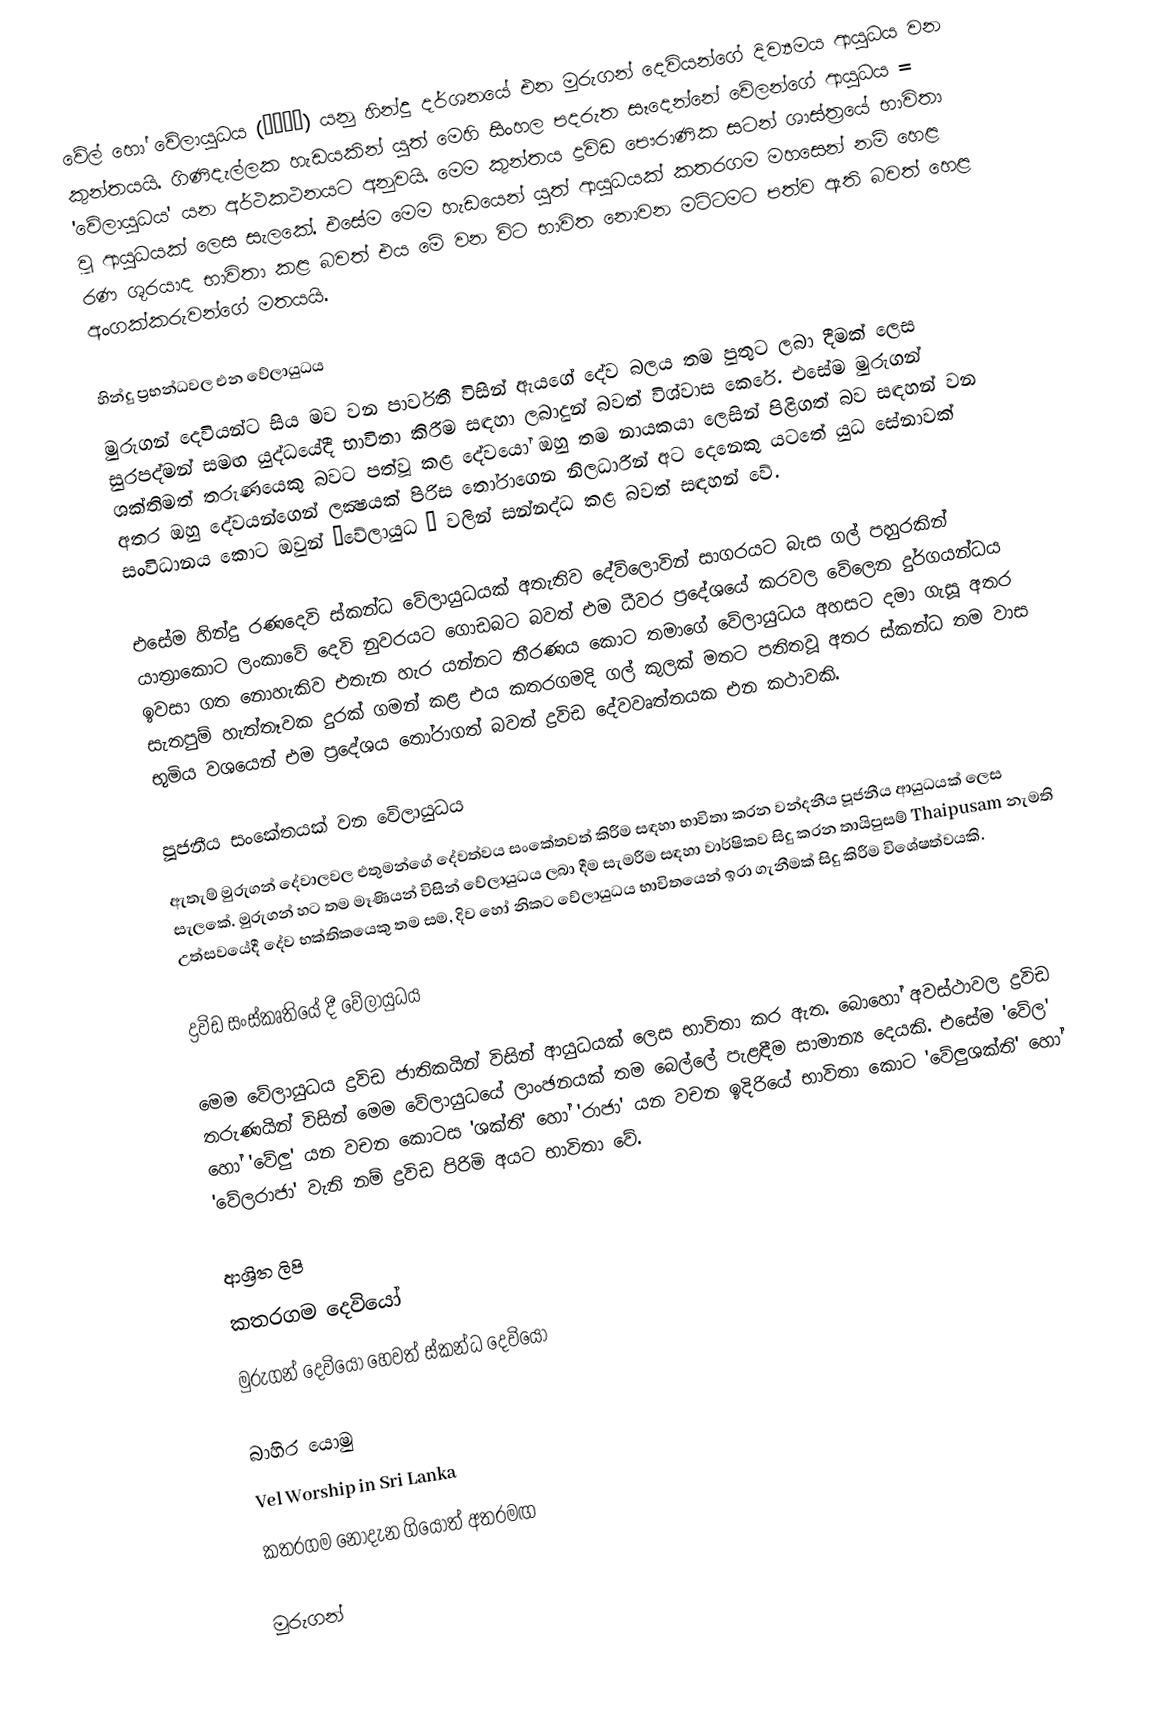
වේල් හෝ වේලායුධය (வேல்) යනු හින්දු දර්ශනයේ එන මුරුගන් දෙවියන්ගේ දිව්‍යමය ආයුධය වන කුන්තයයි. ගිණිදැල්ලක හැඩයකින් යුත් මෙහි සිංහල පදරුත සෑදෙන්නේ වේලන්ගේ ආයුධය = 'වේලායුධය' යන අර්ථකථනයට අනුවයි. මෙම කුන්තය ද්‍රවිඩ පෞරාණික සටන් ශාස්ත්‍රයේ භාවිතා වූ ආයුධයක් ලෙස සැලකේ. එසේම මෙම හැඩයෙන් යුත් ආයුධයක් කතරගම මහසෙන් නම් හෙළ රණ ශූරයාද භාවිතා කළ බවත් එය මේ වන විට භාවිත නොවන මට්ටමට පත්ව ඇති බවත් හෙළ අංගක්කරුවන්ගේ මතයයි.

හින්දු ප්‍රභන්ධවල එන වේලායුධය
මුරුගන් දෙවියන්ට සිය මව වන පාර්වතී විසින් ඇයගේ දේව බලය තම පුතුට ලබා දීමක් ලෙස සුරපද්මන් සමඟ යුද්ධයේදී භාවිතා කිරීම සඳහා ලබාදුන් බවත් ‍විශ්වාස කෙරේ. එසේම මුරුගන් ශක්තිමත් තරුණයෙකු බවට පත්වූ කළ දේවයෝ ඔහු තම නායකයා ලෙසින් පිළිගත් බව සඳහන් වන අතර ඔහු දේවයන්ගෙන් ලක්‍ෂයක් පිරිස තෝරාගෙන නිලධාරීන් අට දෙනෙකු යටතේ යුධ සේනාවක් සංවිධානය කොට ඔවුන් ‛වේලායුධ ’ වලින් සන්නද්ධ කළ බවත් සඳහන් වේ.

එසේම හින්දු රණදෙවි ස්කන්ධ වේලායුධයක් අතැතිව දේව්ලොවින් සාගරයට බැස ගල් පහුරකින් යාත්‍රාකොට ලංකාවේ දෙවි නුවරයට ගොඩබට බවත් එම ධීවර ප්‍රදේශයේ කරවල වේලෙන දුර්ගයන්ධය ඉවසා ගත නොහැකිව එතැන හැර යන්නට තීරණය කොට තමාගේ වේලායුධය අහසට දමා ගැසූ අතර සැතපුම් හැත්තෑවක දුරක් ගමන් කළ එය කතරගමදි ගල් කුලක් මතට පතිතවූ අතර ස්කන්ධ තම වාස භූමිය වශයෙන් එම ප්‍රදේශය තෝරාගත් බවත් ද්‍රවිඩ දේවවෘත්තයක එන කථාවකි.

පූජනීය සංකේතයක් වන වේලායුධය
ඇතැම් මුරුගන් දේවාලවල එතුමන්ගේ දේවත්වය සංකේතවත් කිරී‍ම සඳහා භාවිතා කරන වන්දනීය පූජනීය ආයුධයක් ලෙස සැලකේ. මුරුගන් හට තම මෑණියන් විසින් වේලායුධය ලබා දීම සැමරීම සඳහා වාර්ෂිකව සිදු කරන තායිපුසම් Thaipusam නැමති උත්සවයේදී දේව භක්තිකයෙකු තම සම, දිව හෝ නිකට වේලායුධය භාවිතයෙන් ඉරා ගැනීමක් සිදු කිරීම විශේෂත්වයකි.

ද්‍රවිඩ සංස්කෘතියේ දී වේලායුධය

මෙම වේලායුධය ද්‍රවිඩ ජාතිකයින් විසින් ආයුධයක් ලෙස භාවිතා කර ඇත. බොහෝ අවස්ථාවල ද්‍රවිඩ තරුණයින් විසින් මෙම වේලායුධයේ ලාංඡනයක් තම බෙල්ලේ පැළඳීම සාමාන්‍ය දෙයකි. එසේම 'වේල' හෝ 'වේලු' යන වචන කොටස 'ශක්ති' හෝ 'රාජා' යන වචන ඉදිරියේ භාවිතා කොට 'වේලුශක්ති' හෝ 'වේලරාජා' වැනි නම් ද්‍රවිඩ පිරිමි අයට භාවිතා වේ.

ආශ්‍රිත ලිපි
 කතරගම දෙවියෝ
 මුරුගන් දෙවියෝ හෙවත් ස්‍කන්ධ දෙවියෝ

බාහිර යොමු
 Vel Worship in Sri Lanka
 කතරගම නොදැන ගියොත් අතරමඟ

මුරුගන්